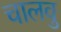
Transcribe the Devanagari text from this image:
चालवु